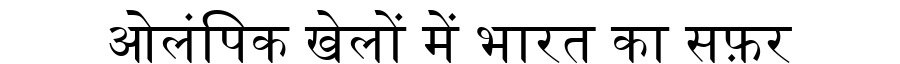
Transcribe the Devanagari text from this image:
ओलंपिक खेलों में भारत का सफ़र